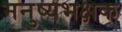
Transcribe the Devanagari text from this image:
मनुष्यभक्षक